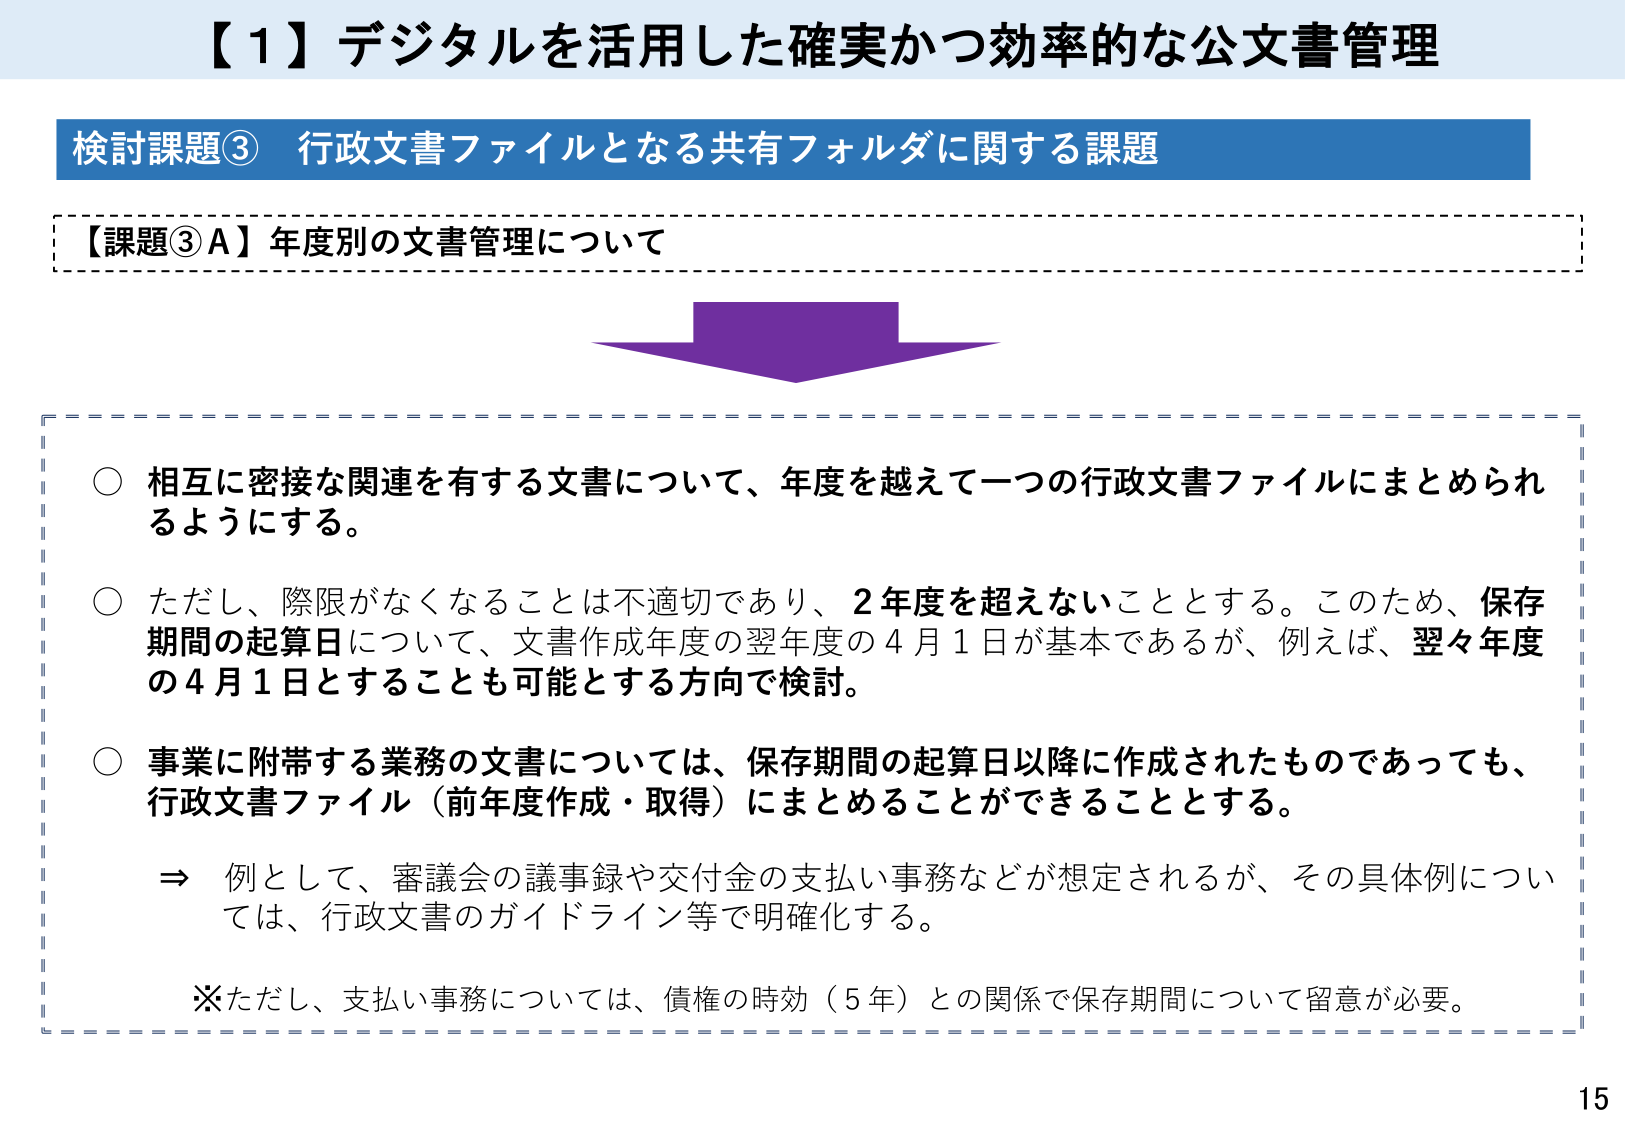
【１】デジタルを活用した確実かつ効率的な公文書管理

検討課題③ 行政文書ファイルとなる共有フォルダに関する課題

【課題③A】年度別の文書管理について

○ 相互に密接な関連を有する文書について、年度を越えて一つの行政文書ファイルにまとめられるようにする。

○ ただし、際限がなくなることは不適切であり、2年度を超えないこととする。このため、保存期間の起算日について、文書作成年度の翌年度の4月1日が基本であるが、例えば、翌々年度の4月1日とすることも可能とする方向で検討。

○ 事業に附帯する業務の文書については、保存期間の起算日以降に作成されたものであっても、行政文書ファイル（前年度作成・取得）にまとめることができることとする。

　⇒ 例として、審議会の議事録や交付金の支払い事務などが想定されるが、その具体例については、行政文書のガイドライン等で明確化する。

　※ただし、支払い事務については、債権の時効（5年）との関係で保存期間について留意が必要。

15